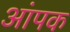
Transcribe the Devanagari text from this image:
आंपक